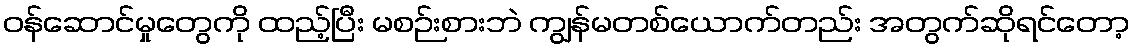
ဝန်ဆောင်မှုတွေကို ထည့်ပြီး မစဉ်းစားဘဲ ကျွန်မတစ်ယောက်တည်း အတွက်ဆိုရင်တော့